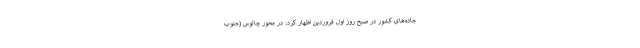
جاده‌های کشور در صبح روز اول فروردین اظهار کرد: در محور چالوس (جنوب